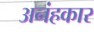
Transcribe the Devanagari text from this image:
अनंहकार